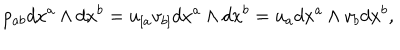
p _ { a b } d x ^ { a } \wedge d x ^ { b } = u _ { [ a } v _ { b ] } d x ^ { a } \wedge d x ^ { b } = u _ { a } d x ^ { a } \wedge v _ { b } d x ^ { b } ,